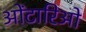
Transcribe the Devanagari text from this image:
ओंटारिओ